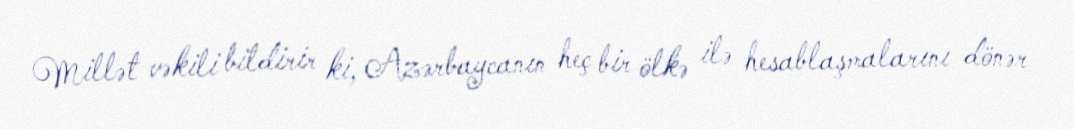
Millət vəkili bildirir ki, Azərbaycanın heç bir ölkə ilə hesablaşmalarını dönər